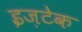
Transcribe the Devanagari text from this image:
इज़टेक